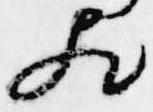
歟